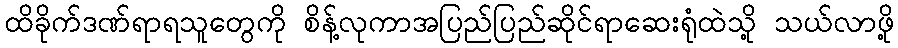
ထိခိုက်ဒဏ်ရာရသူတွေကို စိန့်လုကာအပြည်ပြည်ဆိုင်ရာဆေးရုံထဲသို့ သယ်လာဖို့